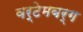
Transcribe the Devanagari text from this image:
वर्टेमबर्ग